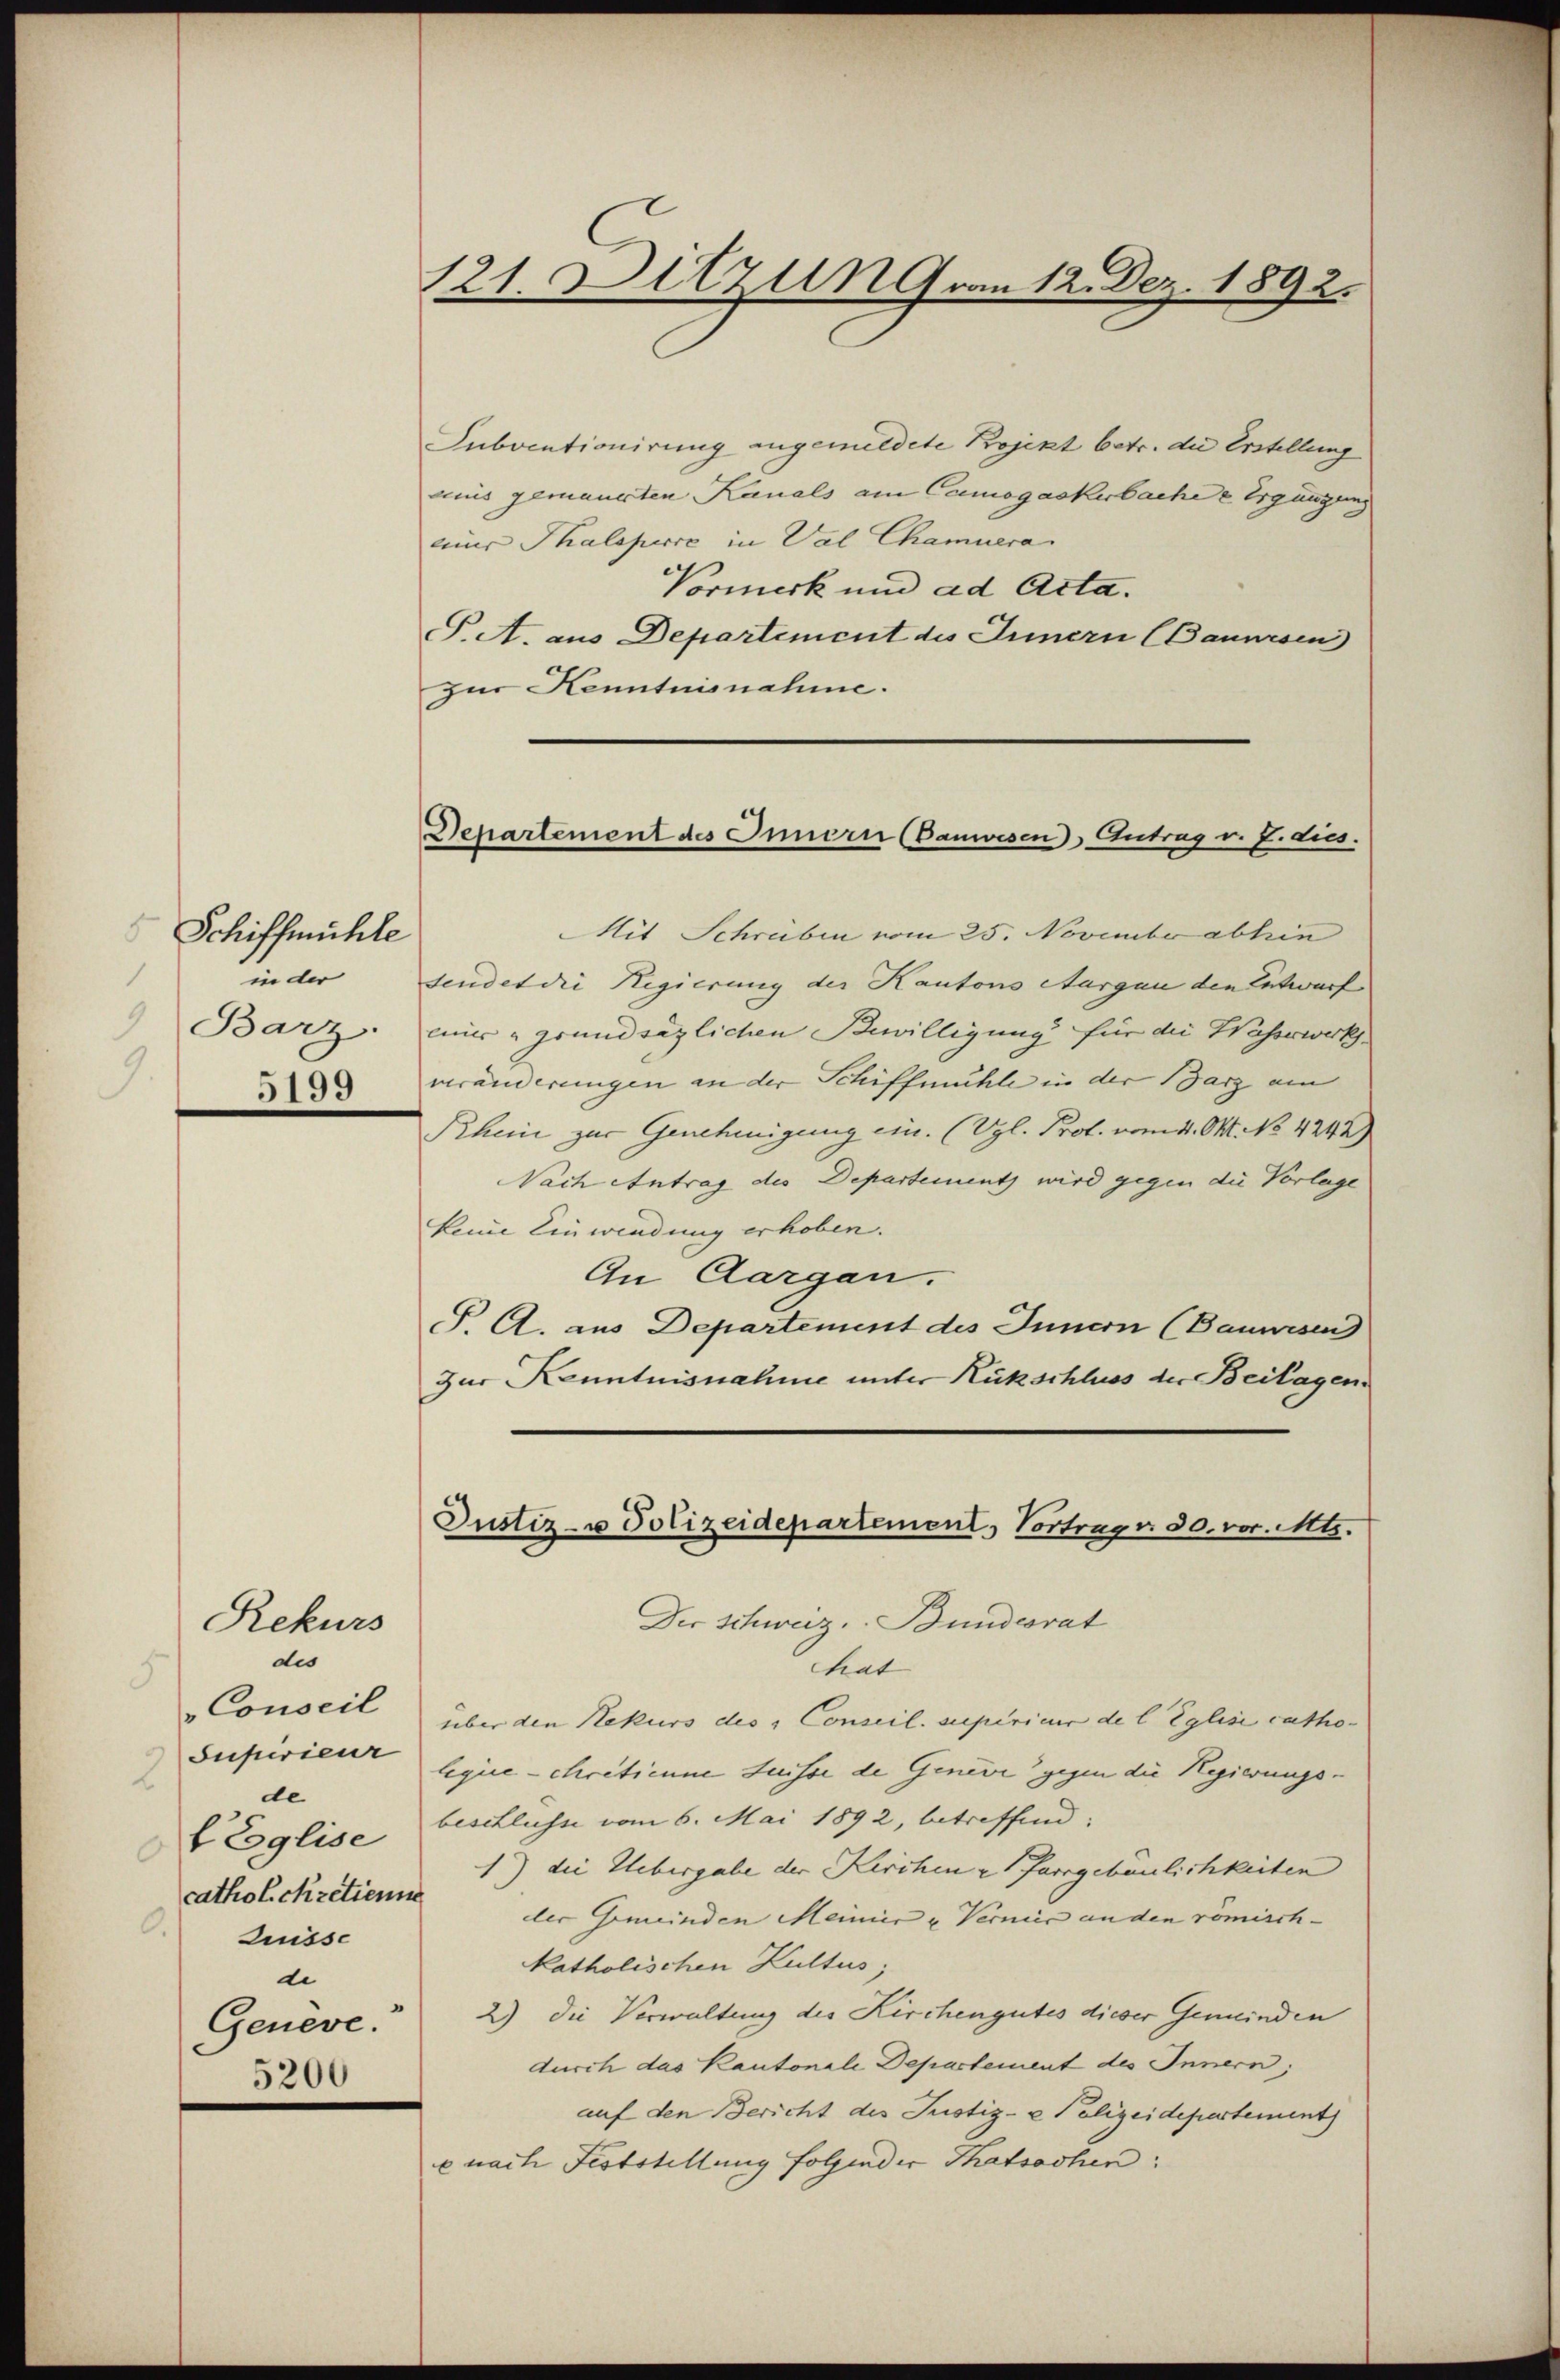
Schiffmühle
1
in der
9
Barz.
9
5199

Rekurs

dis
Conseil
Superieur
de
f Eglise
.
catholckretienn
Zuisse
u
Geneve.
5200

121. Ditzun vom 12. Dez. 1892.

Departement des Innern (Banwesen Antrag v. J. dies.

Subventionirung angemeldete Projekt betr. die Erstellung
aiis gemauerten Kanals am Canogaskurbache u Ergängung
mier Thaleperce in Val Chamuera
Vormerk und ad Acta.
P. A. aus Departement des Innern (Bauwesen
zur Kenntnisnahme.
Mit Schreiben vom 25. November abhin
sendet die Regierung der Kantons Aargau den Entwurf
mir grundsäglichen Bewilligung für die Wasserwerksveränderungen an der Schiffmühle in der Barz am
Rheine zur Genehmigung ein. (Vgl. Prot. vom 4. Okt. 184242)
Nach Antrag des Departement wird gegen die Vorlage
keine Einwendung erhoben.
An Aargau.
S. A. aus Departement des Innern (Bauwesen
zur Kenntnisnahme unter Rückschluss der Beilagen.
Justiz- u Polizeidepartement, Vortrug v. 30. vor. Mts.
Der Schweiz. Bundesrat
hat
über den Rekurs des Conseil supérieur de l. Eglise catho-
legiie-chritienne Suisse de Genève gegen die Regierungsbeschlusse vom 6. Mai 1892, betreffend:
1) die Uebergabe der Kirchen u Pfarrgebäulichkeiten
ler Gemeinden Meiner u Verniis an den romisch- |
katholischen Kultus;
2) die Verwaltung des Kirchengutes dieser Gemeinden
durch das Kantonale Departement des Innern,
auf den Bericht des Justiz- & Polizeidepartement)
e nach Feststellung folgender Thatsachen